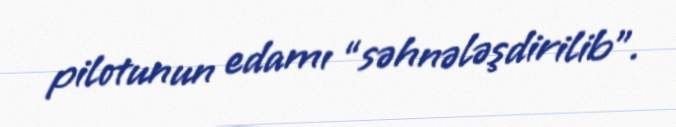
pilotunun edamı “səhnələşdirilib”.